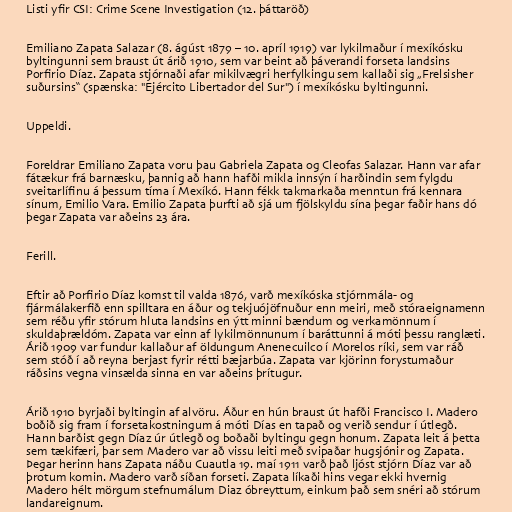
Listi yfir CSI: Crime Scene Investigation (12. þáttaröð)

Emiliano Zapata Salazar (8. ágúst 1879 – 10. apríl 1919) var lykilmaður í mexíkósku
byltingunni sem braust út árið 1910, sem var beint að þáverandi forseta landsins
Porfirio Díaz. Zapata stjórnaði afar mikilvægri herfylkingu sem kallaði sig „Frelsisher
suðursins“ (spænska: "Ejército Libertador del Sur") í mexíkósku byltingunni.

Uppeldi.

Foreldrar Emiliano Zapata voru þau Gabriela Zapata og Cleofas Salazar. Hann var afar
fátækur frá barnæsku, þannig að hann hafði mikla innsýn í harðindin sem fylgdu
sveitarlífinu á þessum tíma í Mexíkó. Hann fékk takmarkaða menntun frá kennara
sínum, Emilio Vara. Emilio Zapata þurfti að sjá um fjölskyldu sína þegar faðir hans dó
þegar Zapata var aðeins 23 ára.

Ferill.

Eftir að Porfirio Díaz komst til valda 1876, varð mexíkóska stjórnmála- og
fjármálakerfið enn spilltara en áður og tekjuójöfnuður enn meiri, með stóraeignamenn
sem réðu yfir stórum hluta landsins en ýtt minni bændum og verkamönnum í
skuldaþrældóm. Zapata var einn af lykilmönnunum í baráttunni á móti þessu ranglæti.
Árið 1909 var fundur kallaður af öldungum Anenecuilco í Morelos ríki, sem var ráð
sem stóð í að reyna berjast fyrir rétti bæjarbúa. Zapata var kjörinn forystumaður
ráðsins vegna vinsælda sinna en var aðeins þrítugur.

Árið 1910 byrjaði byltingin af alvöru. Áður en hún braust út hafði Francisco I. Madero
boðið sig fram í forsetakostningum á móti Días en tapað og verið sendur í útlegð.
Hann barðist gegn Díaz úr útlegð og boðaði byltingu gegn honum. Zapata leit á þetta
sem tækifæri, þar sem Madero var að vissu leiti með svipaðar hugsjónir og Zapata.
Þegar herinn hans Zapata náðu Cuautla 19. maí 1911 varð það ljóst stjórn Díaz var að
þrotum komin. Madero varð síðan forseti. Zapata líkaði hins vegar ekki hvernig
Madero hélt mörgum stefnumálum Diaz óbreyttum, einkum það sem snéri að stórum
landareignum.